Report on lock hospitals in British Burma
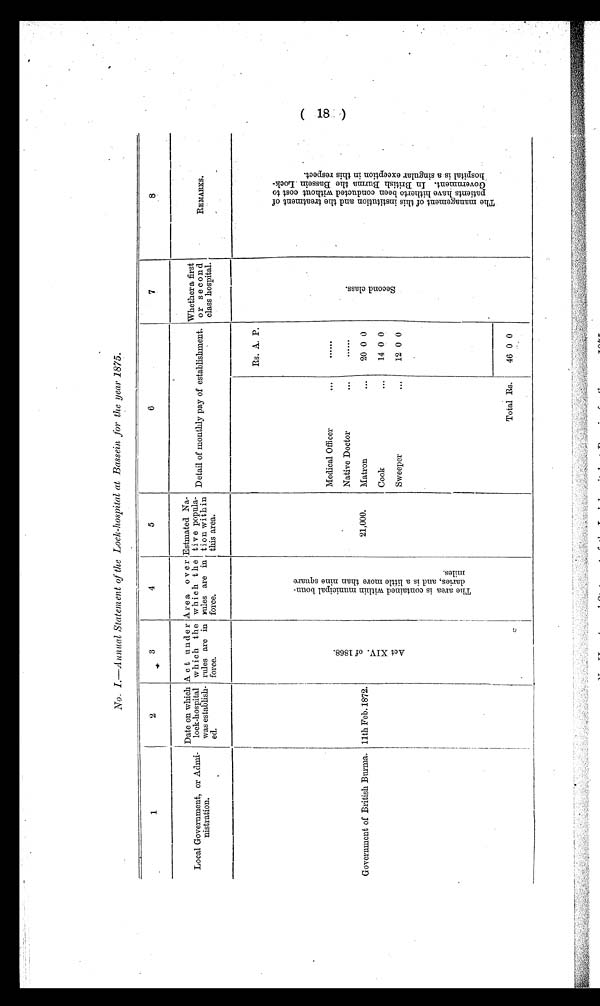
No. I.—Annual Statement of the Lock-hospital at Bassein for the year 1875.
1
2
3
4
5
6
7
8
Local Government, or Admi-
nistration.
Date on which
lock-hospital
was establish-
ed.
A c t de r
which the
rules are in
force.
A r e a o v e r
which t h e
rules are in
force.
Estmated Na-
tive popula-
tion within
this area.
Detail of monthly pay of establishment.
Whether a first
o r s e c on d
hospital.
class hospital.
REMARKS.
Government of British Burma. 11th Feb.1872.
A c t X I V . o f 1 8 6 8 .
T h e a r e a i s c o n t a i n e d w i t h i n m u n i c i p a l b o u r n - d a r i e s , a n d i s a l i t t l e m o r e t h a n n i n e s q u a r e m i l e s .
21,000.
Rs. A. P.
S e c o n d c l a s s .
T h e m a n a g e m e n t o f t h i s i n s t i t u t i o n a n d t h e t r e a t m e n t o f P a t i e n t s h a v e h i t h e r t o b e e n c o n d u c t e d w i t h o u t c o s t t o G o v e r n m e n t . I n B r i t i s h B u r m a t h e B a s s e i n L o c k - h o s p i t a l i s a s i n g u l a r e x c e p t i o n i n t h i s r e s p e c t .
......
Medical Officer
. . .
Native Doctor
. . .
......
2 0 0 0
Matron...
Cook
. . .
14 00
Sweeper
...
12 0 0
Total Rs.
46 0 0
(18)